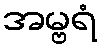
အမ္ဗရံ